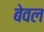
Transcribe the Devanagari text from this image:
बेवल